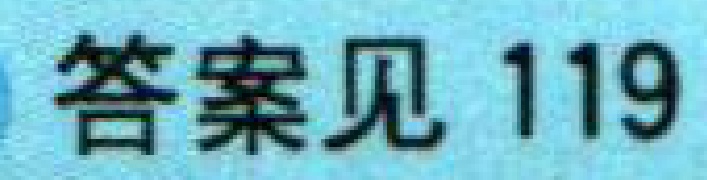
答案见 119